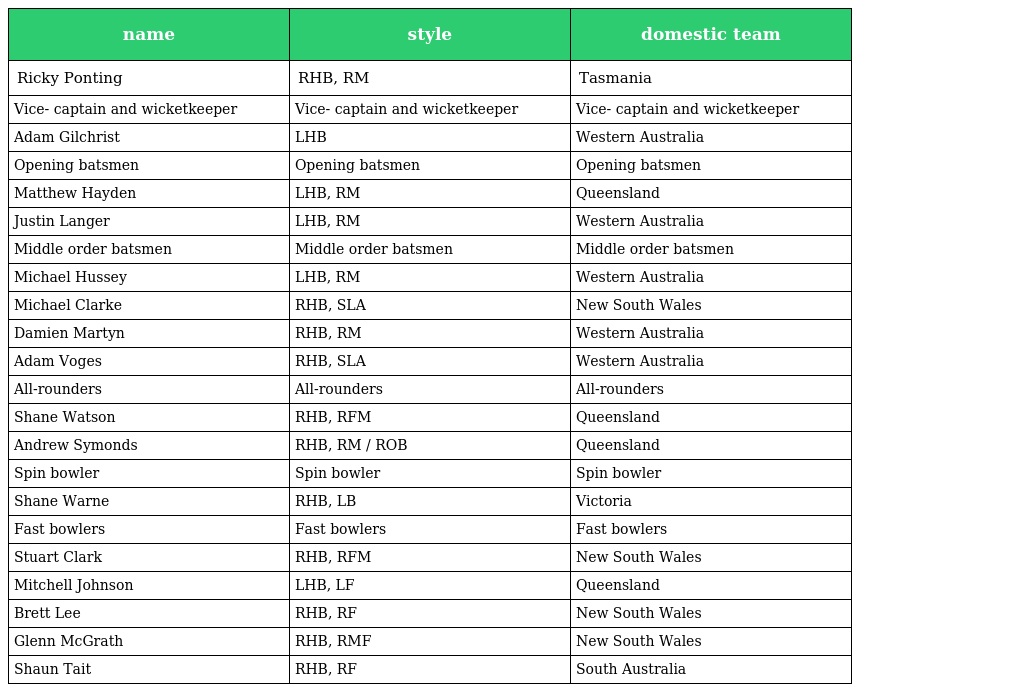
| name | style | domestic team |
 | --- | --- | --- |
 | Ricky Ponting | RHB, RM | Tasmania |
 | Vice- captain and wicketkeeper | Vice- captain and wicketkeeper | Vice- captain and wicketkeeper |
 | Adam Gilchrist | LHB | Western Australia |
 | Opening batsmen | Opening batsmen | Opening batsmen |
 | Matthew Hayden | LHB, RM | Queensland |
 | Justin Langer | LHB, RM | Western Australia |
 | Middle order batsmen | Middle order batsmen | Middle order batsmen |
 | Michael Hussey | LHB, RM | Western Australia |
 | Michael Clarke | RHB, SLA | New South Wales |
 | Damien Martyn | RHB, RM | Western Australia |
 | Adam Voges | RHB, SLA | Western Australia |
 | All-rounders | All-rounders | All-rounders |
 | Shane Watson | RHB, RFM | Queensland |
 | Andrew Symonds | RHB, RM / ROB | Queensland |
 | Spin bowler | Spin bowler | Spin bowler |
 | Shane Warne | RHB, LB | Victoria |
 | Fast bowlers | Fast bowlers | Fast bowlers |
 | Stuart Clark | RHB, RFM | New South Wales |
 | Mitchell Johnson | LHB, LF | Queensland |
 | Brett Lee | RHB, RF | New South Wales |
 | Glenn McGrath | RHB, RMF | New South Wales |
 | Shaun Tait | RHB, RF | South Australia |